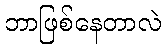
ဘာဖြစ်နေတာလဲ